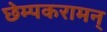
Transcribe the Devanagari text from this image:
छेम्पकरामन्